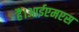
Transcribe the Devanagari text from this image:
हैं।आईएमएस